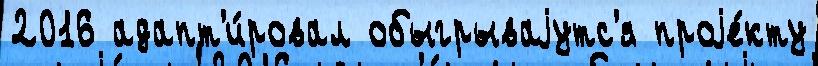
2016 адапт'и́ровал обыгрываjутс'я проjе́кту